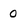
Character: 0